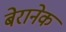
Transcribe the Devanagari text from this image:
बेरानेक